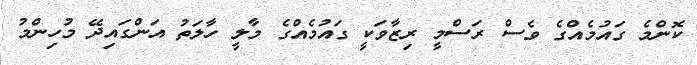
ކޮންމެ ގައުމެއްގެ ވެސް ރަސްމީ ރިޒާވަކީ ގައުމެއްގެ މާލީ ހާލަތު އަންގައިދޭ މުހިންމު